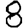
Digit: 8